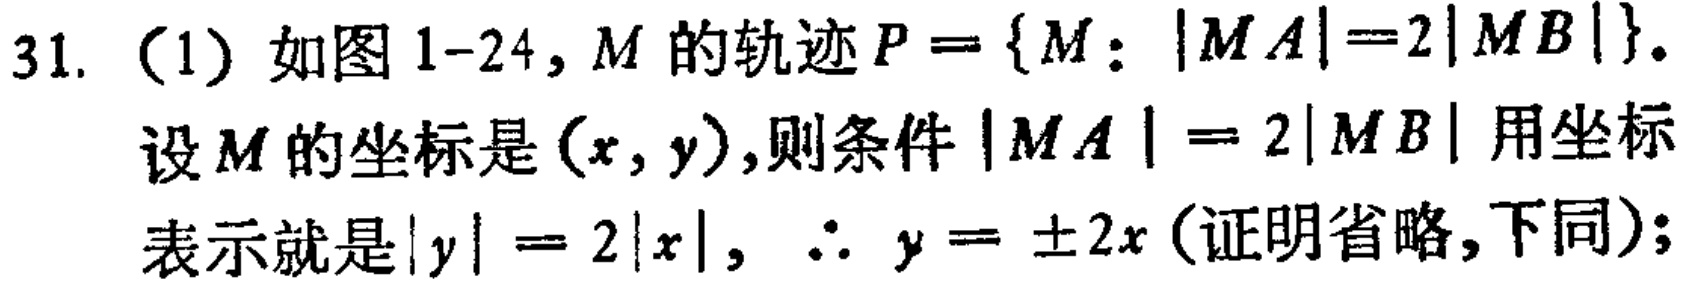
31. (1) 如图 1-24, \(M\) 的轨迹 \(P = \{M: |MA| = 2|MB|\}\).
设 \(M\) 的坐标是 \((x,y)\),则条件 \(|MA| = 2|MB|\) 用坐标
表示就是 \(|y| = 2|x|\), \(\therefore y = \pm 2x\) (证明省略,下同);